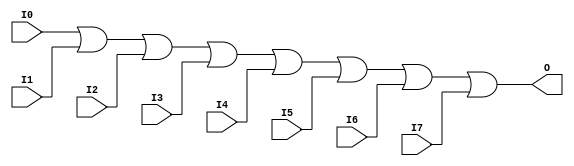
//    Xilinx Proprietary Primitive Cell X_OR8 for Verilog
//
// $Header: /devl/xcs/repo/env/Databases/CAEInterfaces/verplex_libs/data/simprims/X_OR8.v,v 1.3.198.3 2004/09/28 20:47:46 wloo Exp $
//

`celldefine
`timescale 1 ps/1 ps

module X_OR8 (O, I0, I1, I2, I3, I4, I5, I6, I7);

  output O;
  input I0, I1, I2, I3, I4, I5, I6, I7;

  or (O, I0, I1, I2, I3, I4, I5, I6, I7);

endmodule